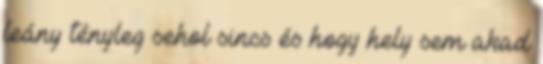
leány tényleg sehol sincs és hogy hely sem akad